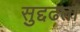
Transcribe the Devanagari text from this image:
सुद्दढता